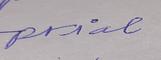
Signature authenticity: forged